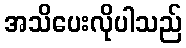
အသိပေးလိုပါသည်